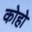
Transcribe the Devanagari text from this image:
कोहो